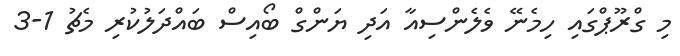
މި ގްރޫޕްގައި ހިމެނޭ ވެލެންސިއާ އަދި ޔަންގް ބޯއިސް ބައްދަލުކުރި މެޗު 1-3